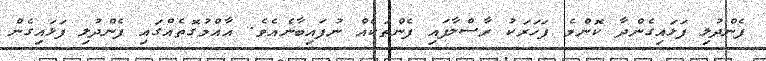
ފެންދުލި ފަޅައިގެންދާ ކޮންމެ ފަހަރަކު ރާސްލާފައި ފެންތަކެއް ނުފައިބާނެއެވެ. އާއްމުގޮތެއްގައި ފެންދުލި ފަޅައިގެން